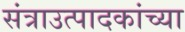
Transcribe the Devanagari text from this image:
संत्राउत्पादकांच्या